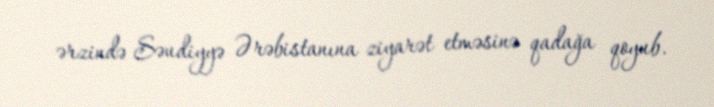
ərzində Səudiyyə Ərəbistanına ziyarət etməsinə qadağa qoyub.